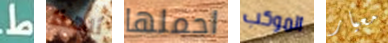
ط ألهذا احملها الموكب معيار